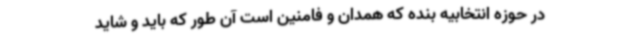
در حوزه انتخابیه بنده که همدان و فامنین است آن طور که باید و شاید